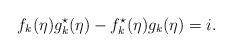
LaTeX: \begin{align*}f_{k}(\eta) g^{\star}_{k}(\eta) - f^{\star}_{k}(\eta) g_{k}(\eta) = i.\end{align*}